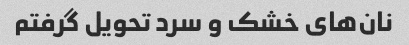
نان‌های خشک و سرد تحویل گرفتم